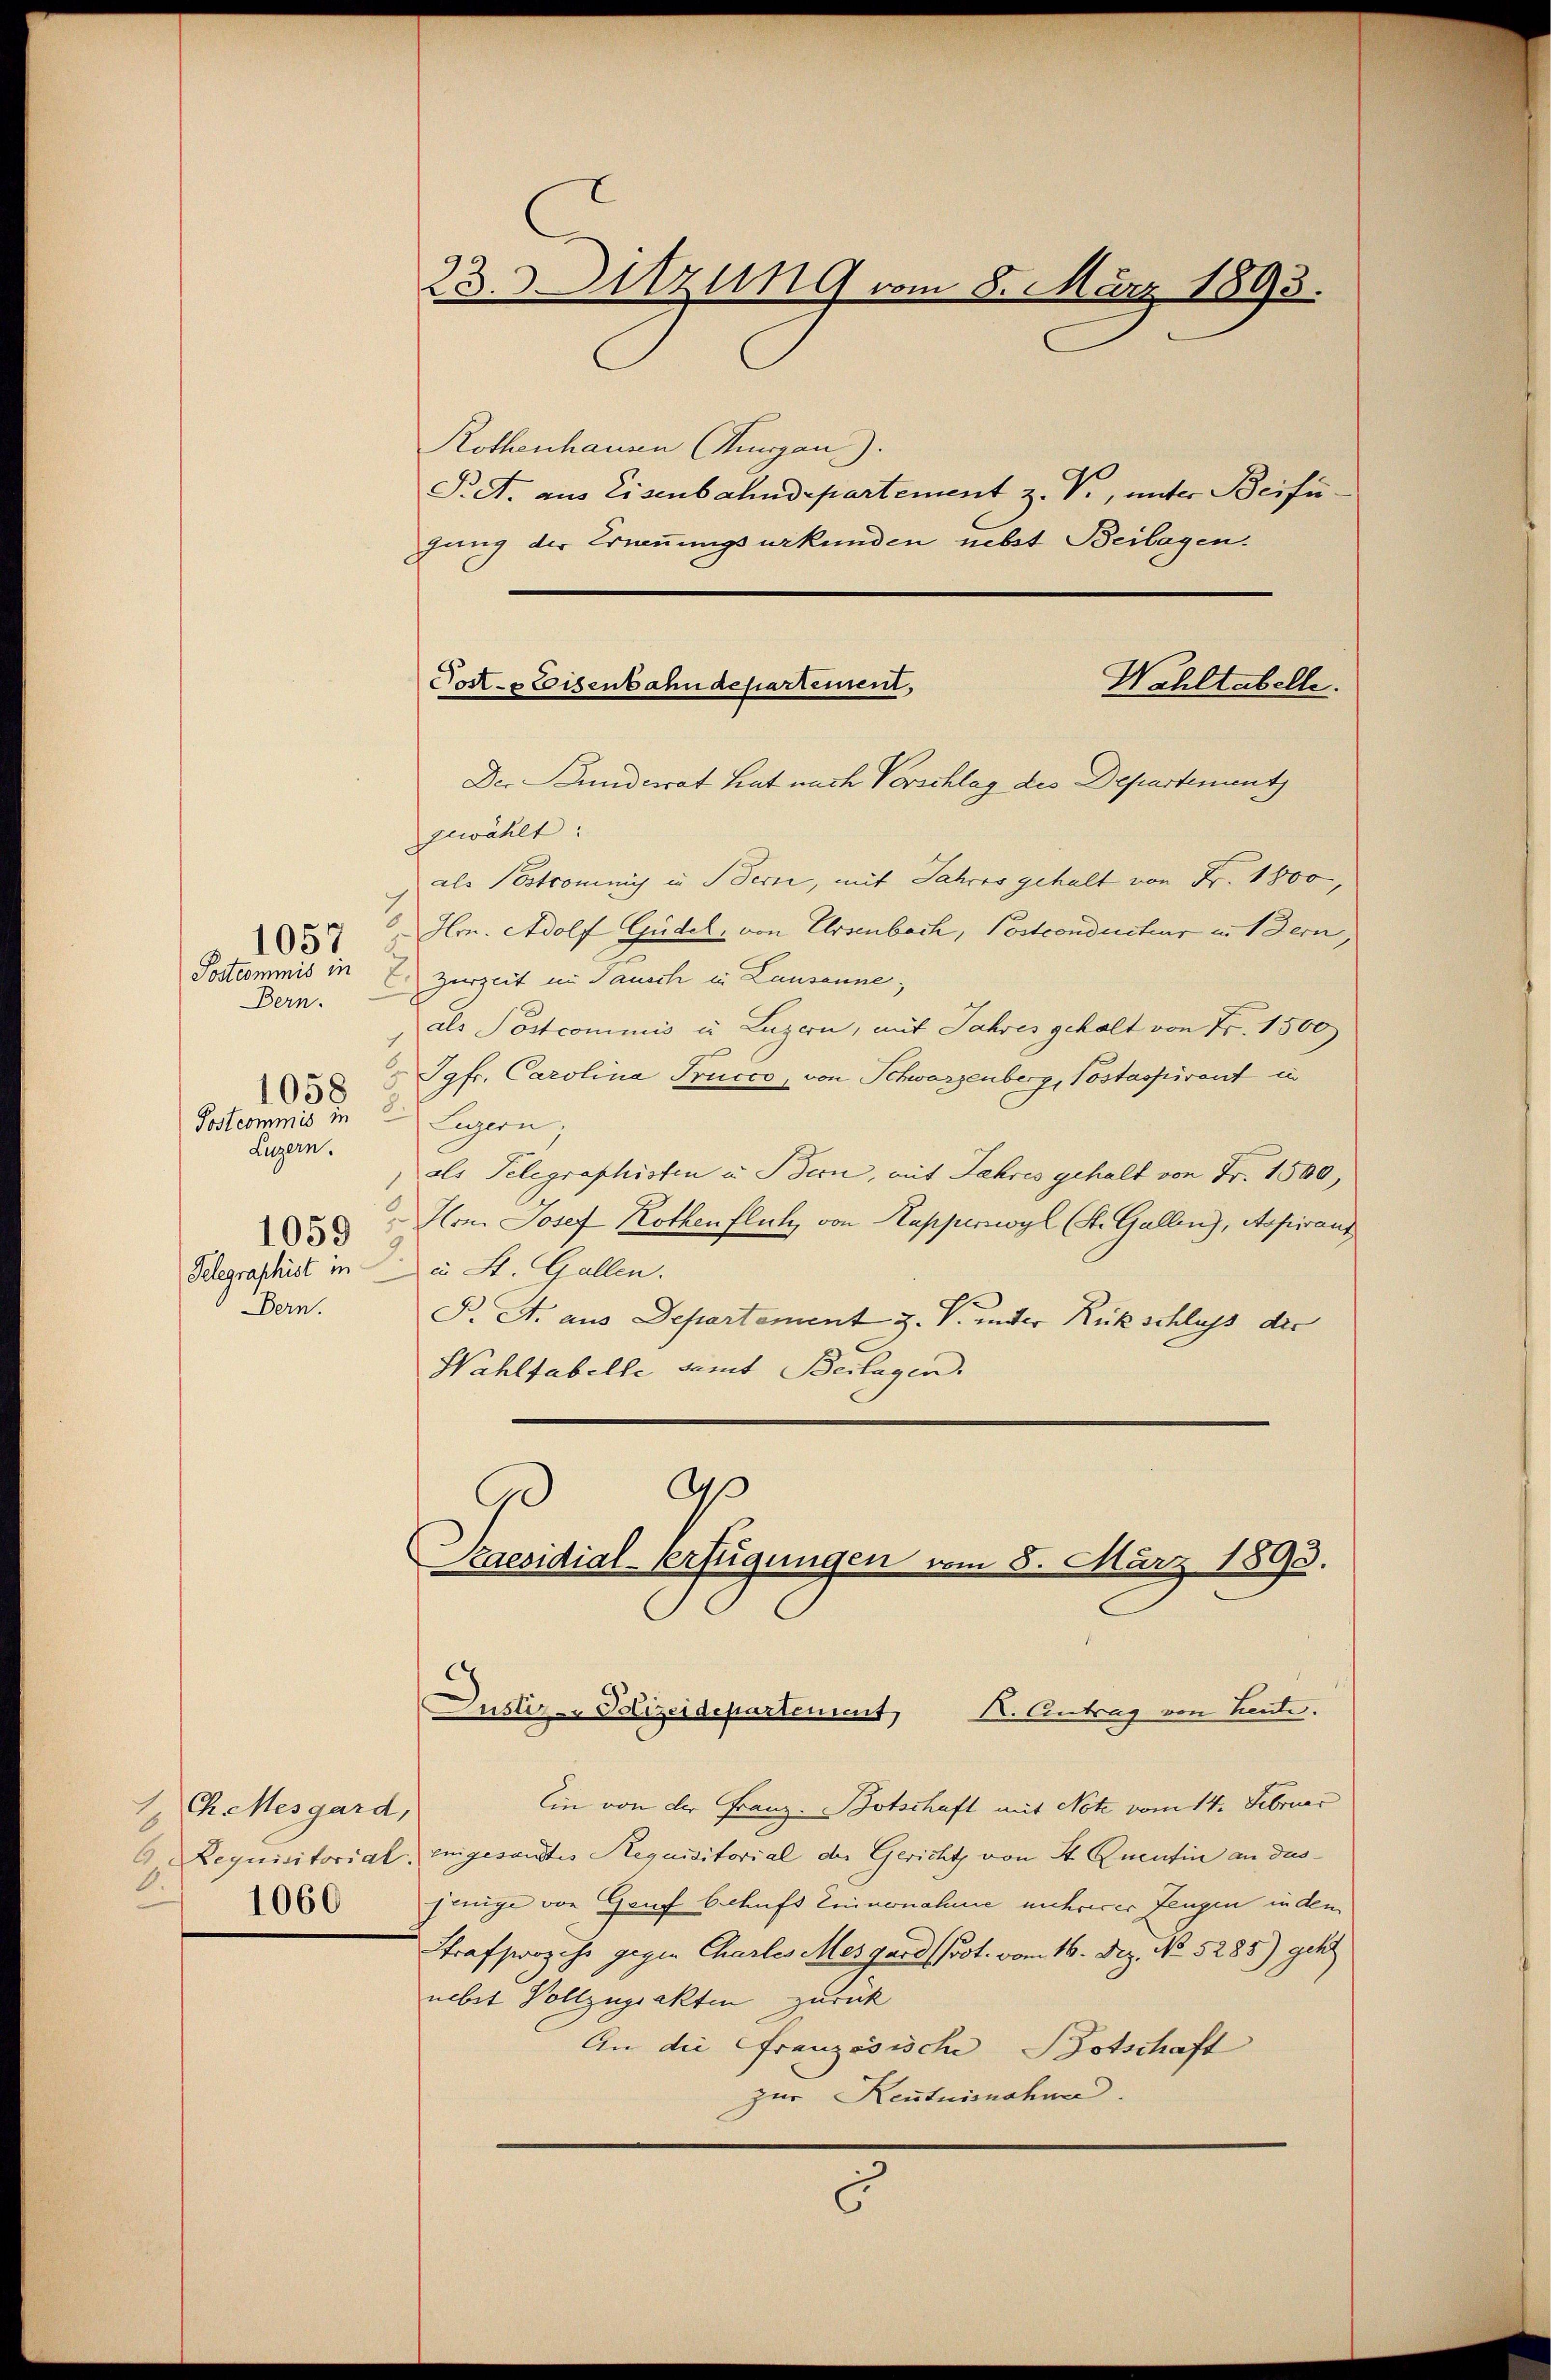
Bern.
Luzern.
Telegraphist in
Bern.

1057

1058

Postcommis in 2 Luzern,
1

Ch. Mesgard,
2
1060

23. 3. Sitzung vom 8. März 1893.
Rothenhausen (Thurgau).
S. A. aus Eisenbahndepartement z. V., unter Beifü¬

gung der Erinnungsurkunden nebst Beilagen.

Der Bundesrat hat nach Vorschlag des Departement
gewählt:
als Postromni in Berne, mit Jahres gehalt von Fr. 1800,
Hrn. Adolf Gudel, von Ersenbach, Postconducteur in Bern,
Postcommis in E. Zurzeit in Tausch in Lausanne;
als Postcommis u. Luzern, mit Jahres gehalt von Fr. 1500
 Jgfr. Carolina Trucco, von Schwarzenberg, Postaspirent in
als Telegraphisten u. Bern, mit Jahres gehalt von Fr. 1500,
 " Hrn. Josef Rothenflich, von Kapperswyl (St. Gallen), Aspiranz
in St. Gallen.
F. A. aus Departement Z. V. unter Rückschluss die
Wahltabelle samt Beilagen.
a
d

Wahltabelle.
Post- & Eisenbahndepartement,

Kaesidial-Verfügungen vom 8. März 1890.
Justiz-Sdizeidepartement, K. Antrag von heute.

Ein von der Franz-Botschaft mit Note vom 14. Februar
9. Requisitorial engesandtes Requisitorial der Gericht von St. Quentin an dusjenige von Gruf behufs Einnenahme mehrerer Fengen in dem
Strafstanz ihr gegen Chartes Mesgard Prot. vom 16. Dez. No. 5285) geh
nebst Vollzugsakten zurück
An die Französische Botschaft
zur Kenntnisnahme.
5